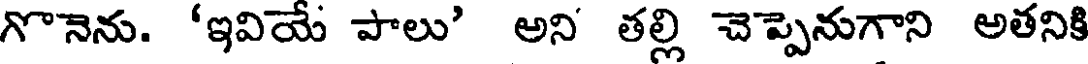
గొనెను. 'ఇవియే పాలు' అని తల్లి చెప్పెనుగాని అతనికి